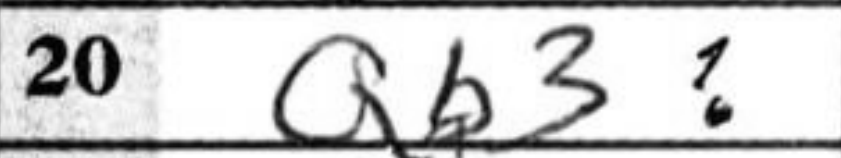
Transcription: Qb3